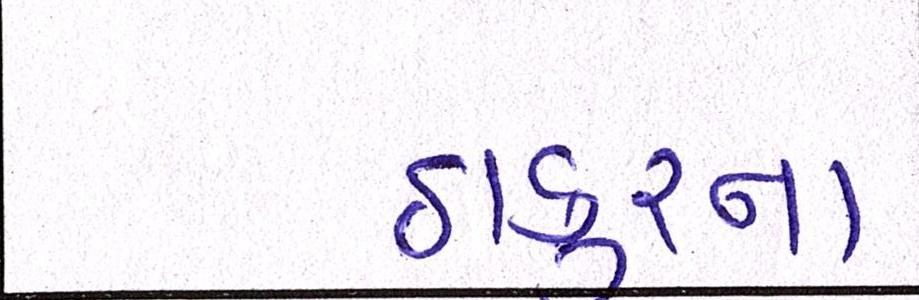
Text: ઠાકુરના